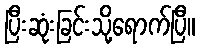
ပြီးဆုံးခြင်းသို့ရောက်ပြီ။